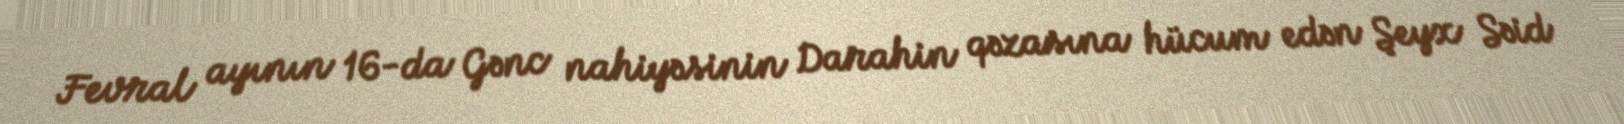
Fevral ayının 16-da Gənc nahiyəsinin Darahin qəzasına hücum edən Şeyx Səid